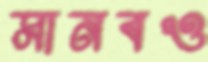
মানবও